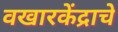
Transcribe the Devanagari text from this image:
वखारकेंद्राचे